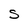
Character: s